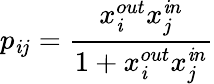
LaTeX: p_{\mathit{i}j}=\frac{{x_{\mathit{i}}^{out}x_{j}^{\mathit{i}n}}}{{1+x_{\mathit{i}}^{out}x_{j}^{\mathit{i}n}}}